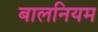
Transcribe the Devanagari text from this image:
बालनियम